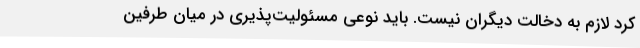
کرد لازم به دخالت دیگران نیست. باید نوعی مسئولیت‌پذیری در میان طرفین